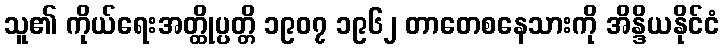
သူ၏ ကိုယ်ရေးအတ္ထိုပ္ပတ္တိ ၁၉၀၇ ၁၉၆၂ တာတေစနေသားကို အိန္ဒိယနိုင်ငံ